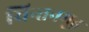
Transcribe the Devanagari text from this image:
चिन्तनमूढ़